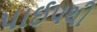
પાઈપથી